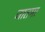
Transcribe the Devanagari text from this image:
जातमा